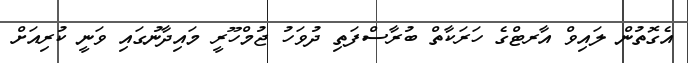
އެގޮތުން ލައިވް އާރޓްގެ ހަރަކާތް ބުރާސްފަތި ދުވަހު ޖުމްހޫރީ މައިދާނުގައި ވަނީ ކުރިއަށް